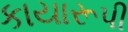
કાયારૂપી